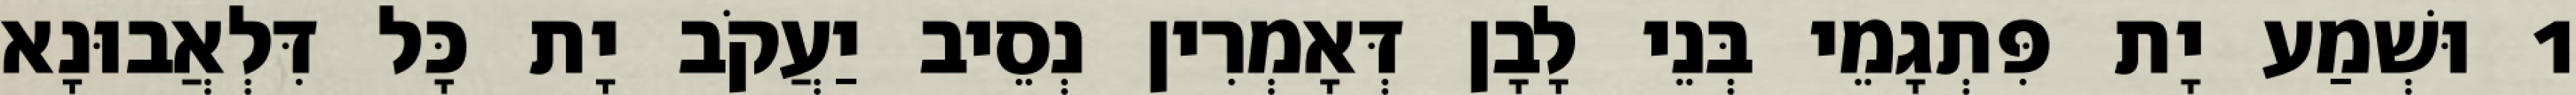
1 וּשְׁמַע יָת פִּתְגָמֵי בְּנֵי לָבָן דְּאָמְרִין נְסֵיב יַעֲקֹב יָת כָּל דִּלְאֲבוּנָא